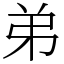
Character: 弟